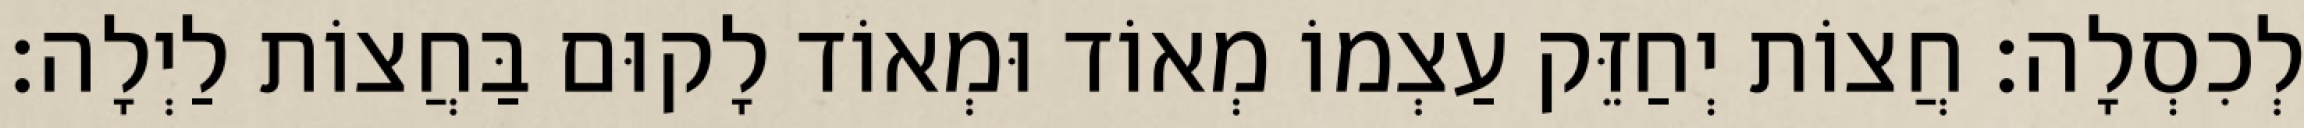
לְכִסְלָה: חֲצוֹת יְחַזֵּק עַצְמוֹ מְאוֹד וּמְאוֹד לָקוּם בַּחֲצוֹת לַיְלָה: